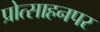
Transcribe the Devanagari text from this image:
प्रोत्साहनपर